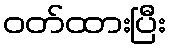
ဝတ်ထားပြီး